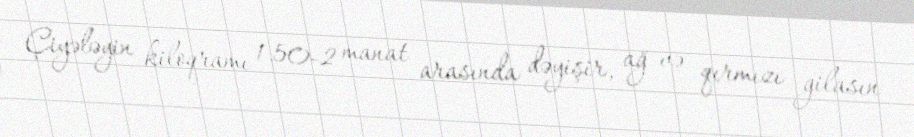
Çiyələyin kiloqramı 1.50-2 manat arasında dəyişir, ağ və qırmızı gilasın